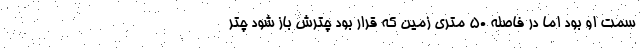
سمت او بود اما در فاصله 50 متری زمین که قرار بود چترش باز شود چتر